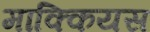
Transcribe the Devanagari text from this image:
माक्कियस